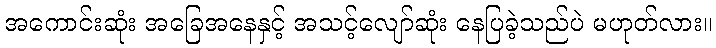
အကောင်းဆုံး အခြေအနေနှင့် အသင့်လျော်ဆုံး နေပြခဲ့သည်ပဲ မဟုတ်လား။